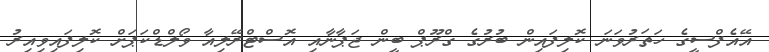
އޭއެފްސީގެ ހަތަރުވަނަ ކޮލިފައިން ބުރުގެ ގްރޫޕް ބީން ޖަޕާނާއި އޮސްޓްރޭލިއާ ވޯލްޑްކަޕަށް ކޮލިފައިވިއިރު